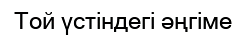
Той үстіндегі әңгіме